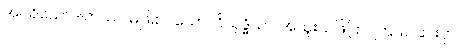
အပရိယောဒါတဿ၊ မဖြူစင်သော။ ဝိသုဒ္ဓိယာ၊ အထူးသဖြင့်စင်ကြယ် ခြင်းငှာ။